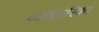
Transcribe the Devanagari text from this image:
व्यवहारिक।